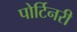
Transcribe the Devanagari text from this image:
पोर्टिनरी